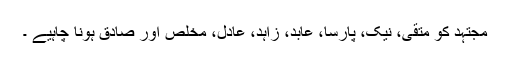
مجتہد کو متقی، نیک، پارسا، عابد، زاہد، عادل، مخلص اور صادق ہونا چاہیے ۔